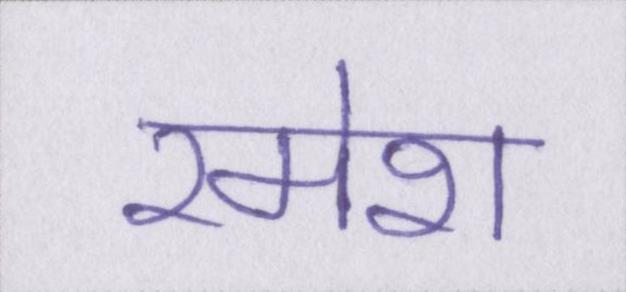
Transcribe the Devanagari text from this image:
रमेश